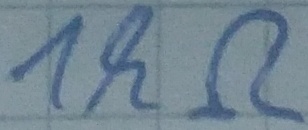
Text: 1kΩ